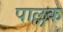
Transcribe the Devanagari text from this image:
पाल्लक